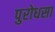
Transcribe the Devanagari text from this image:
पुरोधसा